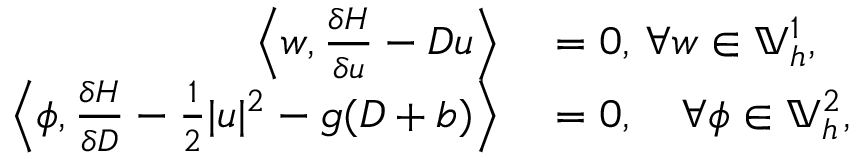
\begin{array} { r l } { \left\langle w , \frac { \delta H } { \delta u } - D u \right\rangle } & { { } = 0 , \, \forall w \in \mathbb { V } _ { h } ^ { 1 } , } \\ { \left\langle \phi , \frac { \delta H } { \delta D } - \frac { 1 } { 2 } | u | ^ { 2 } - g ( D + b ) \right\rangle } & { { } = 0 , \quad \forall \phi \in \mathbb { V } _ { h } ^ { 2 } , } \end{array}